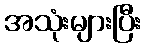
အသုံးများပြီး